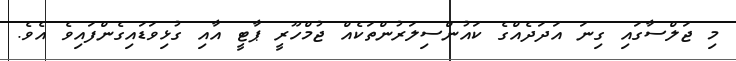
މި ޖަލްސާގައި ގިނަ އަދަދެއްގެ ކައުންސިލަރުންތަކެއް ޖުމްހޫރީ ޕާޓީ އާއި ގުޅިވަޑައިގެންފައިވެ އެވެ.